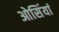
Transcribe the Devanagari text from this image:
ओसिंयां